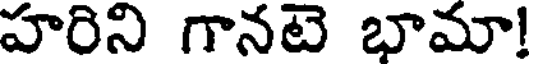
హరిని గానటె భామా!